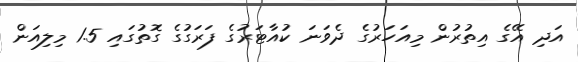
އަދި އޭގެ އިތުރުން މިއަހަރުގެ ދެވަނަ ކުއާޓަރުގެ ފަރަގުގެ ގޮތުގައި 1.5 މިލިއަން